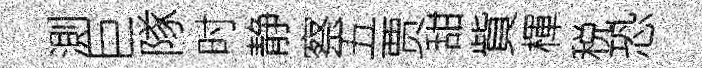
測巨隊时静察五贾甜貲楎税恐